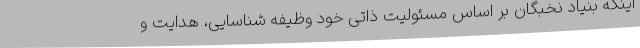
اینکه بنیاد نخبگان بر اساس مسئولیت ذاتی خود وظیفه شناسایی، هدایت و